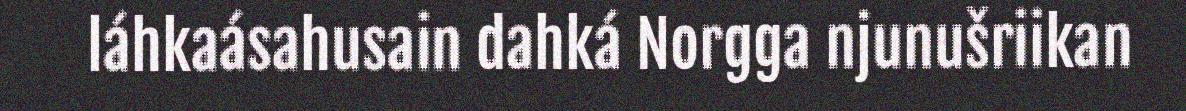
láhkaásahusain dahká Norgga njunušriikan